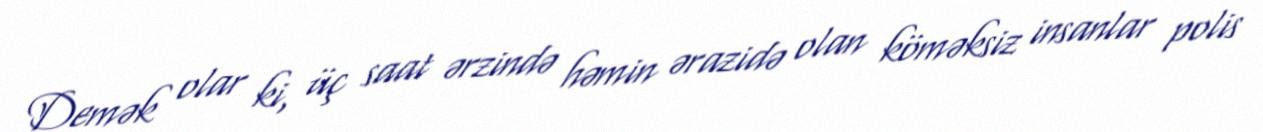
Demək olar ki, üç saat ərzində həmin ərazidə olan köməksiz insanlar polis